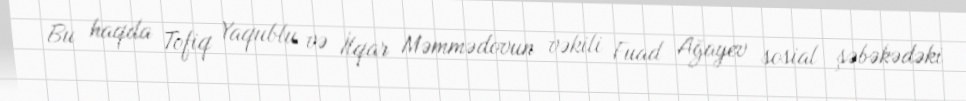
Bu haqda Tofiq Yaqublu və İlqar Məmmədovun vəkili Fuad Ağayev sosial şəbəkədəki